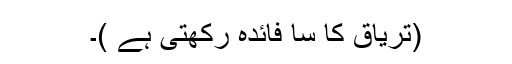
(تریاق کا سا فائدہ رکھتی ہے )۔